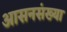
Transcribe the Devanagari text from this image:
आसनसंख्या